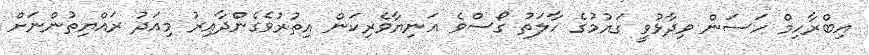
އިބްރާހިމް ހަސަން ވިދާޅުވީ ގައުމުގެ ހާލަތު ގޯސްވެ އަނިޔާވެރިކަން އިތުރުވެގެންދާއިރު މިއަދު ރައްޔިތުންނަށް